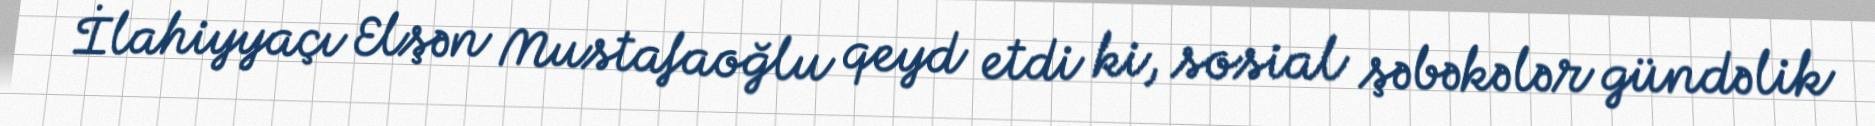
İlahiyyaçı Elşən Mustafaoğlu qeyd etdi ki, sosial şəbəkələr gündəlik